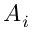
A _ { i }